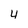
Character: 4